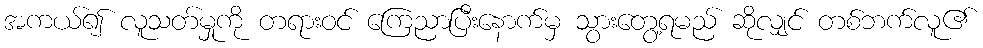
အကယ်၍ လူသတ်မှုကို တရားဝင် ကြေညာပြီးနောက်မှ သွားတွေ့ရမည် ဆိုလျှင် တစ်ဘက်လူ၏